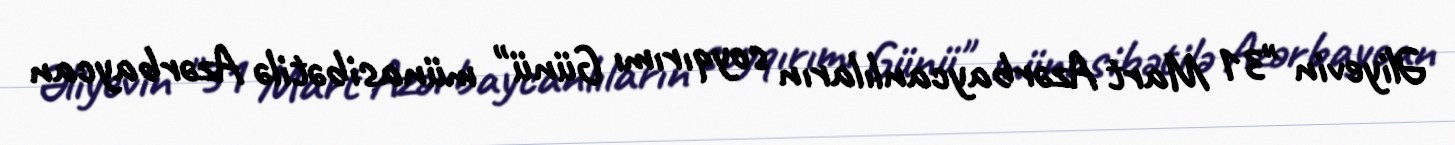
Əliyevin "31 Mart Azərbaycanlıların soyqırımı Günü" münasibətilə Azərbaycan